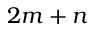
2 m + n